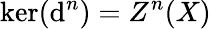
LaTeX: \ker(\mathrm{d}^{n})=Z^{n}(X)